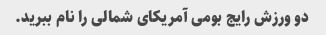
دو ورزش رایج بومی آمریکای شمالی را نام ببرید.